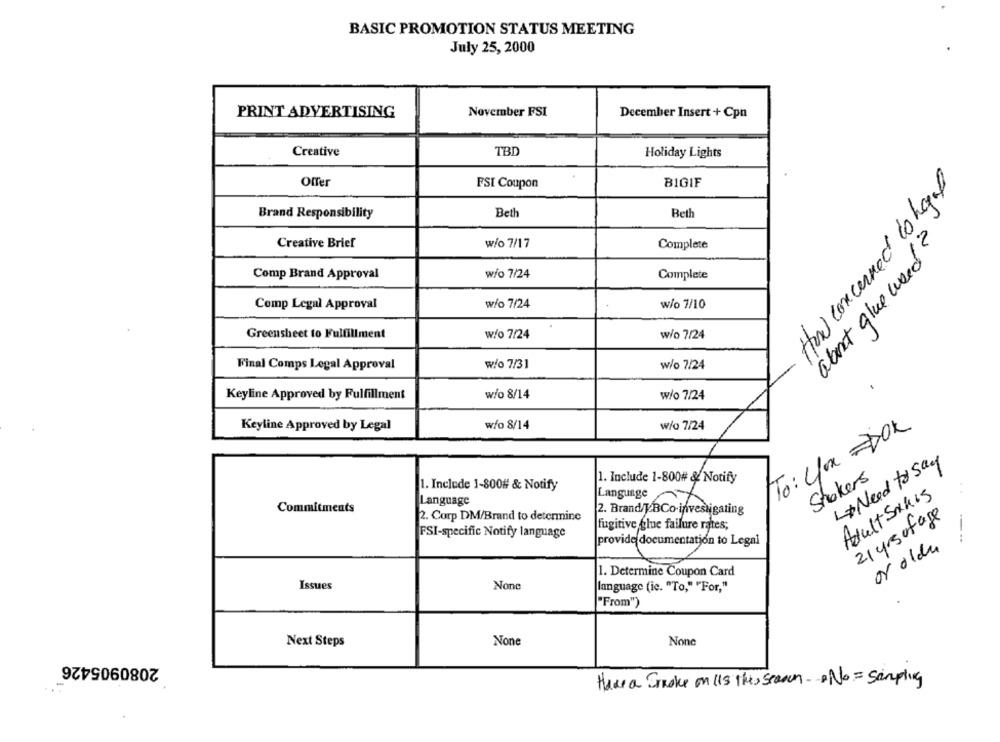
BASIC PROMOTION STATUS MEETING
July 25, 2000
PRINT ADVERTISING
November FSI
December Insert + Cpn
Creative
TBD
Holiday Lights
How concerned to hagel
Offer
FSI Coupon
BIGIF
Brand Responsibility
Beth
Beth
Creative Brief
w/o 7/17
Complete
about glue weed?
w/o 7/24
Complete
Comp Brand Approval
w/o 7/24
w/o 7/10
Comp Legal Approval
w/o 7/24
Greensheet to Fulfillment
w/o 7/24
Final Comps Legal Approval
w/o 7/31
w/o 7/24
Keyline Approved by Fulfillment
w/o 8/14
w/o 7/24
Keyline Approved by Legal
w/o 8/14
w/o 7/24
To: 4ou DOK
1+ Need to say
1. Include 1-800# & Notify
Stokers
1. Include 1-800# & Notify
Language
Adultsmais
Language
Commitments
2. Brand/JBCo-investigating
2. Corp DM/Brand to determine
21 yrsofage
fugitive glue failure rates;
FSI-specific Notify language
provide documentation to Legal
or older
1. Determine Coupon Card
Issues
language (ie. "To," "For,"
"From")
Next Steps
2080905426
Have a Stroke on 115 the, Scenen - . No = Sampling